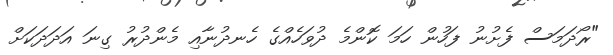
"ރޯދަމަސް ފެށުނު ފަހުން ހަމަ ކޮންމެ ދުވަހެއްގެ ހެނދުނާއި މެންދުރު ގިނަ އަދަދަކަށް